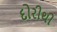
દોરીથી